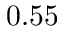
0 . 5 5